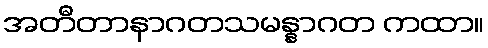
အတီတာနာဂတသမန္နာဂတ ကထာ။